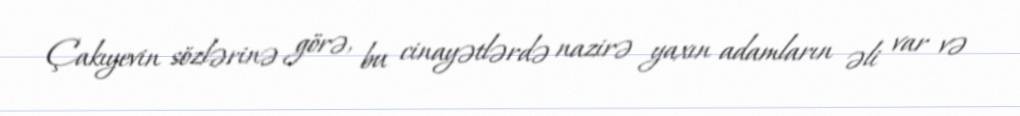
Çakıyevin sözlərinə görə, bu cinayətlərdə nazirə yaxın adamların əli var və